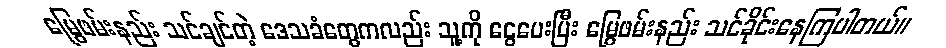
မြွေဖမ်းနည်း သင်ချင်တဲ့ ဒေသခံတွေကလည်း သူ့ကို ငွေပေးပြီး မြွေဖမ်းနည်း သင်ခိုင်းနေကြပါတယ်။